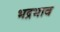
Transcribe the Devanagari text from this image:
भद्रभाव